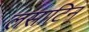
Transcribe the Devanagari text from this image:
लसाटिन